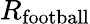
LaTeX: R_{\mathrm{football}}